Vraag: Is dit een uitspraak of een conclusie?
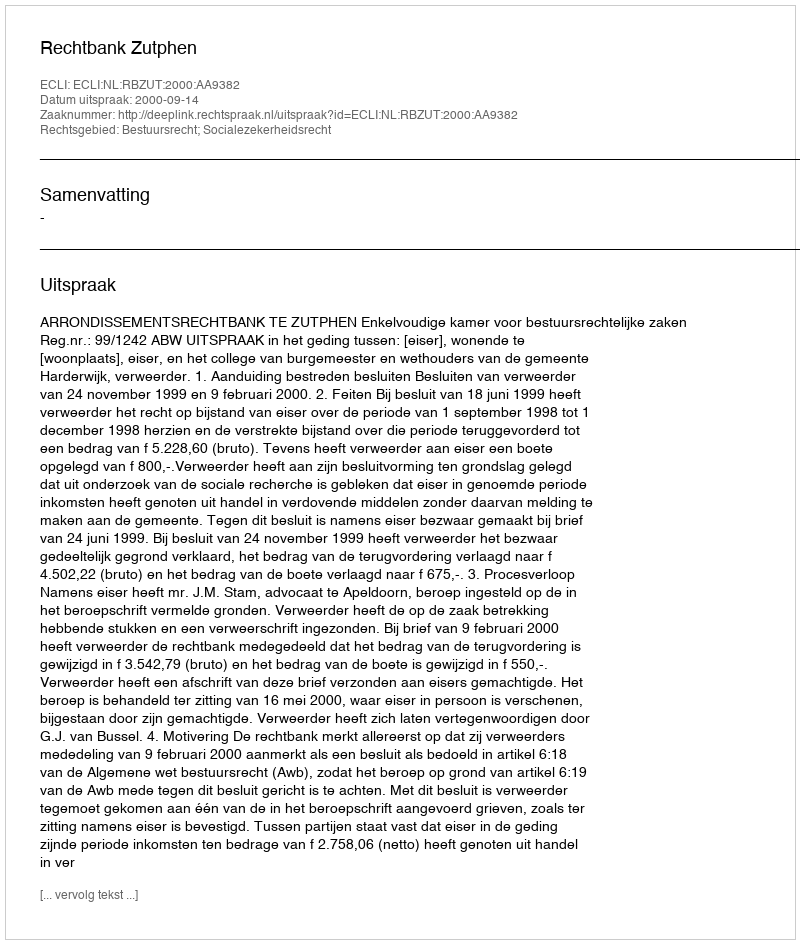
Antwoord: Uitspraak